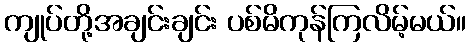
ကျုပ်တို့အချင်းချင်း ပစ်မိကုန်ကြလိမ့်မယ်။